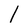
Character: l